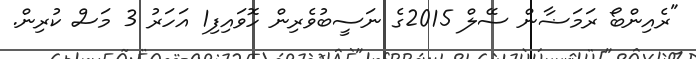
"ރެއިންބޯ ރަމަޟާން ސޭލް 2015ގެ ނަސީބުވެރިން ހޮވައިފި1 އަހަރު 3 މަސް ކުރިން.